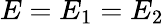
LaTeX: E=E_{1}=E_{2}